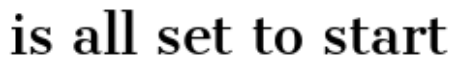
is all set to start